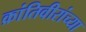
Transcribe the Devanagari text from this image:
क्रांतिवीरांच्या